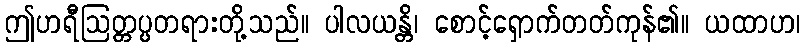
ဤဟရီဩတ္တပ္ပတရားတို့သည်။ ပါလယန္တိ၊ စောင့်ရှောက်တတ်ကုန်၏။ ယထာဟ၊